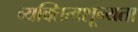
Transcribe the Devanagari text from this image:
व्यक्तित्वशून्यता